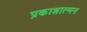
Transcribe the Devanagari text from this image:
प्रकाशात्मन